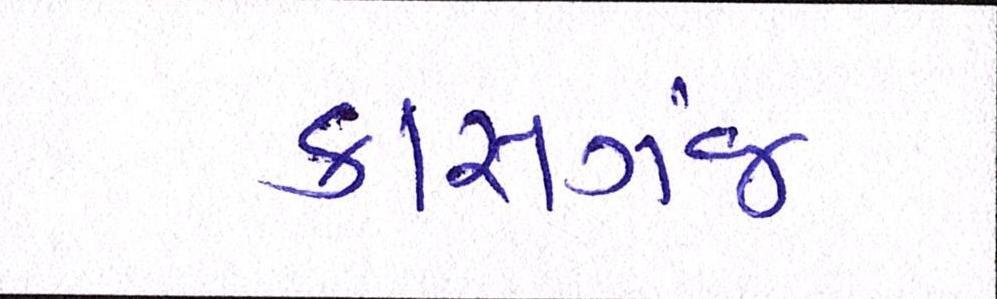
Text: કાસગંજ